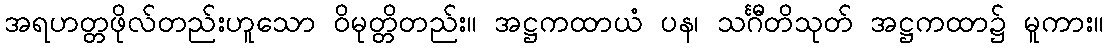
အရဟတ္တဖိုလ်တည်းဟူသော ဝိမုတ္တိတည်း။ အဋ္ဌကထာယံ ပန၊ သင်္ဂီတိသုတ် အဋ္ဌကထာ၌ မူကား။